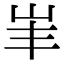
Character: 𡵞